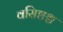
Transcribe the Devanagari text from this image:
वसिष्ठश्च